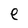
Character: e